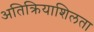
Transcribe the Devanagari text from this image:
अतिक्रियाशिलता